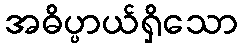
အဓိပ္ပာယ်ရှိသော